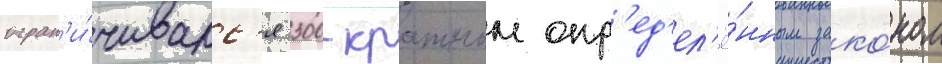
огран'и́чивалс'я 300-кратным опр'ед'ел'ё́нным зако́ном